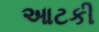
આટકી